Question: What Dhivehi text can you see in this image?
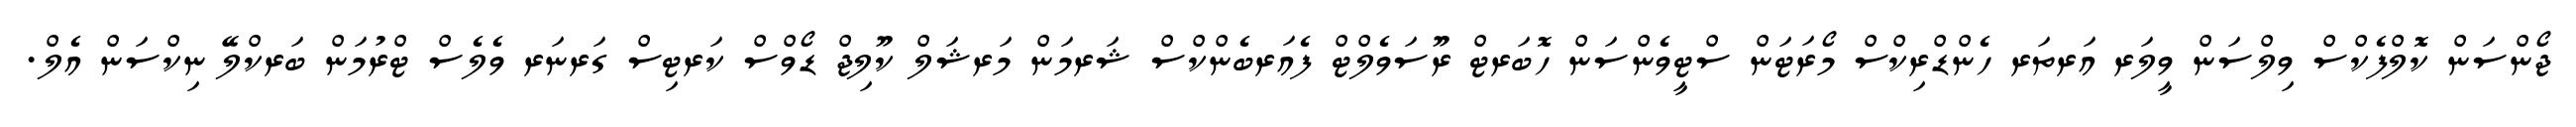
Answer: ޖޯންސަން ކޮލްފެކްސް ވިލްސަން ވީލަރ އަރތަރ ހެންޑްރިކްސް މޯރަޓަން ސްޓީވެންސަން ހޮބަރޓް ރޫސަވެލްޓް ފެއަރބެންކްސް ޝަރމަން މަރޝަލް ކޫލިޖް ޑޯވްސް ކަރޓިސް ގަރނަރ ވެލެސް ޓްރުމަން ބަރކްލޭ ނިކްސަން އެލް.